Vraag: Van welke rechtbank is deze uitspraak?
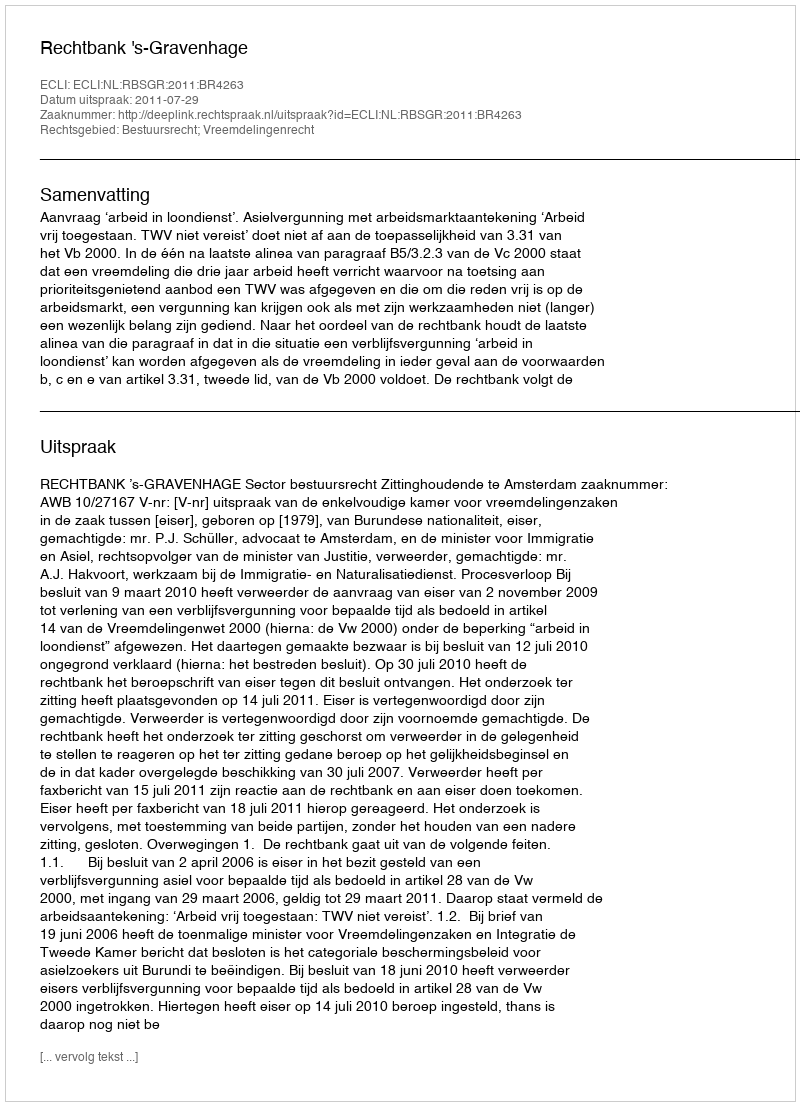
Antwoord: Rechtbank 's-Gravenhage